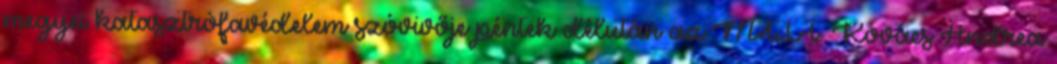
megyei katasztrófavédelem szóvivője péntek délután az MTI-t. Kovács Andrea